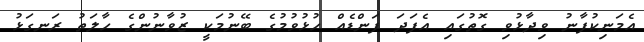
އެމަނިކުފާނު ވިދާޅުވި ގޮތުގައި އެފަދަ ފަންޑެއް ހުޅުވުުމުގެ ބޭނުމަކީ ޒުވާނުންގެ ހާލަތު ރަނގަޅު